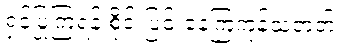
ရှင်ပြုကြရန် စိုင်းပြင်းနေကြကုန်သတတ်။